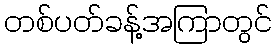
တစ်ပတ်ခန့်အကြာတွင်